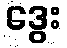
ဒွေး